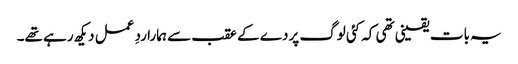
یہ بات یقینی تھی کہ کئی لوگ پردے کے عقب سے ہمارا ردِ عمل دیکھ رہے تھے۔